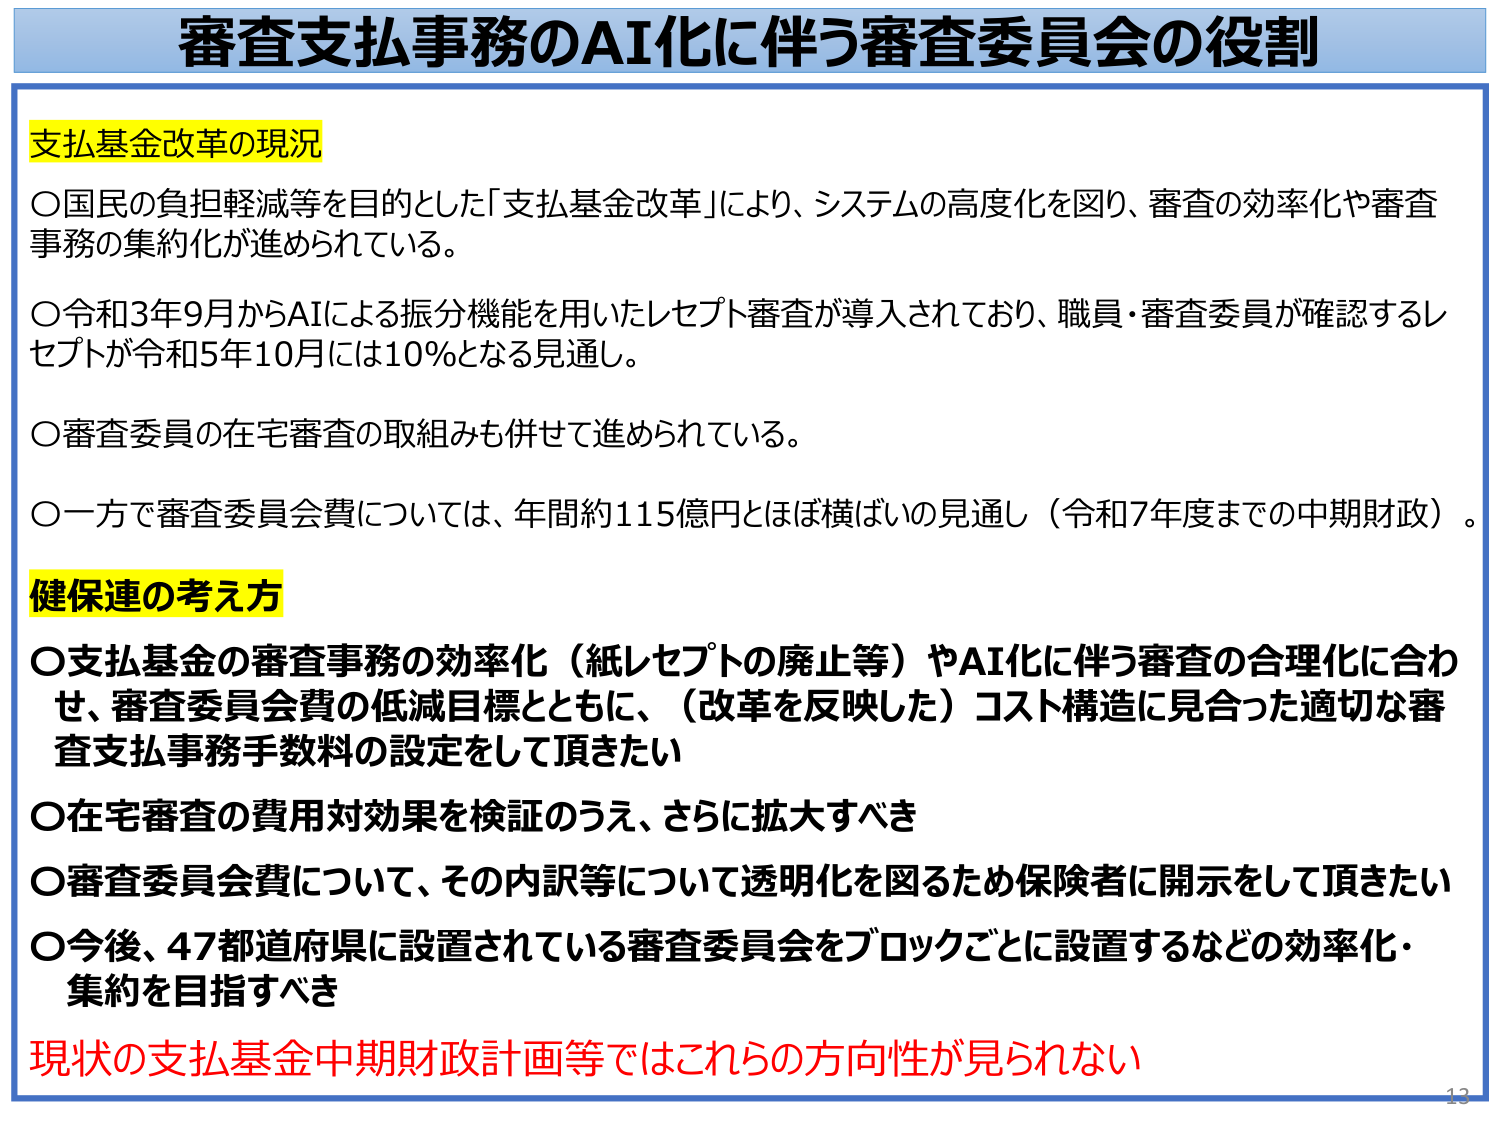
審査支払事務のAI化に伴う審査委員会の役割

支払基金改革の現況
○国民の負担軽減等を目的とした「支払基金改革」により、システムの高度化を図り、審査の効率化や審査事務の集約化が進められている。
○令和3年9月からAIによる振分機能を用いたレセプト審査が導入されており、職員・審査委員が確認するレセプトが令和5年10月には10％となる見通し。
○審査委員の在宅審査の取組みも併せて進められている。
○一方で審査委員会費については、年間約115億円とほぼ横ばいの見通し（令和7年度までの中期財政）。

健保連の考え方
○支払基金の審査事務の効率化（紙レセプトの廃止等）やAI化に伴う審査の合理化に合わせ、審査委員会費の低減目標とともに、（改革を反映した）コスト構造に見合った適切な審査支払事務手数料の設定をして頂きたい
○在宅審査の費用対効果を検証のうえ、さらに拡大すべき
○審査委員会費について、その内訳等について透明化を図るため保険者に開示をして頂きたい
○今後、47都道府県に設置されている審査委員会をブロックごとに設置するなどの効率化・集約を目指すべき
現状の支払基金中期財政計画等ではこれらの方針性が見られない

13